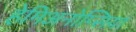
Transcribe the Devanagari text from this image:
हेमिअनोप्सिया